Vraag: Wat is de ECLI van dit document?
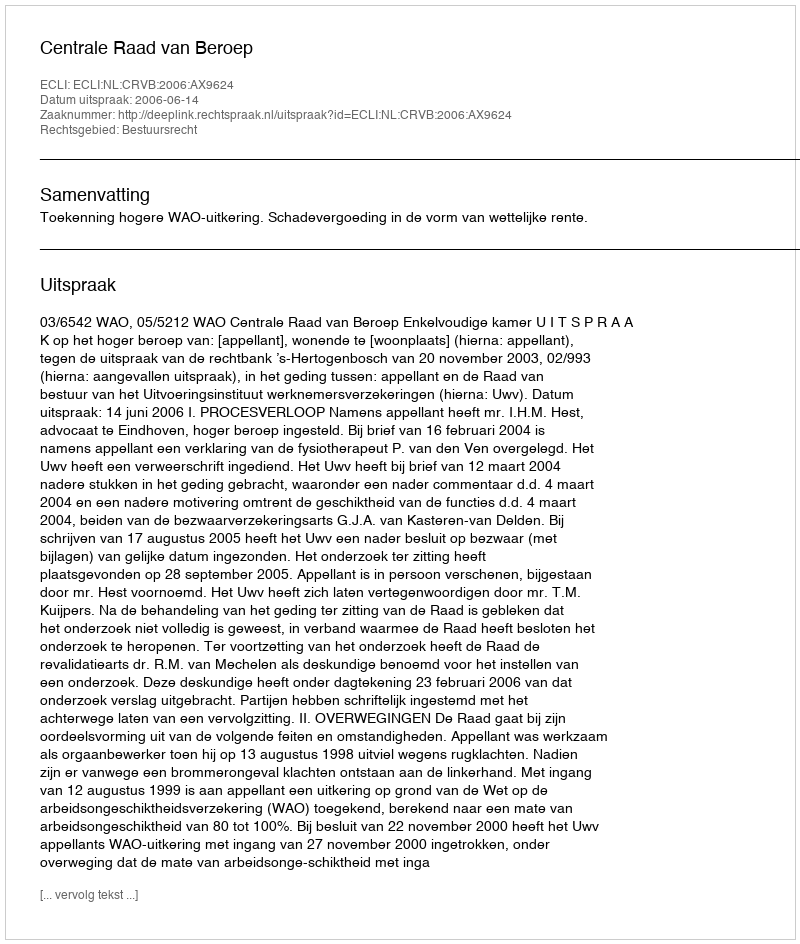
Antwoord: ECLI:NL:CRVB:2006:AX9624